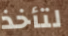
لتأخذ